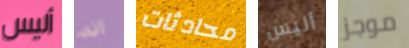
أليس انه محادثات أليس موجز